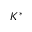
K ^ { \ast }